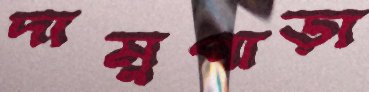
দামুপাড়া